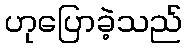
ဟုပြောခဲ့သည်